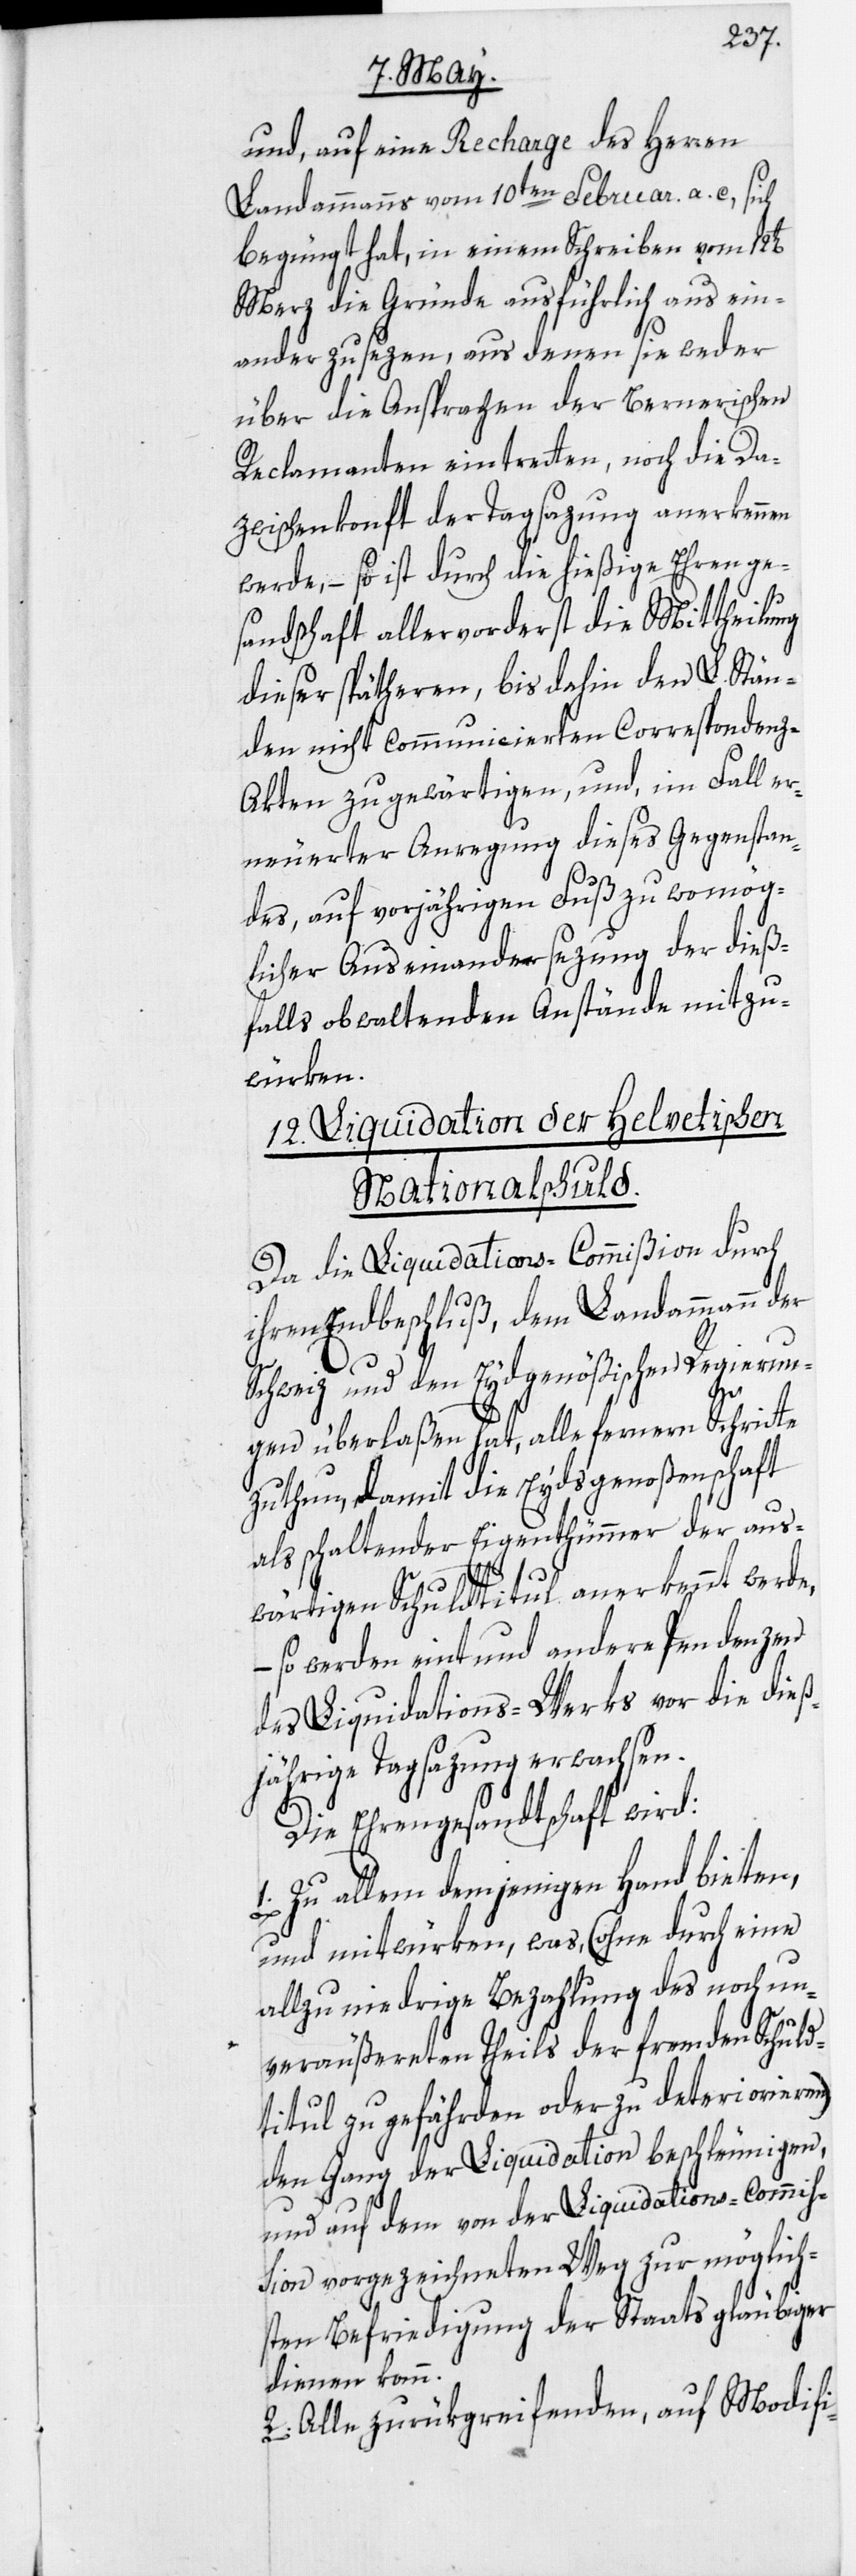
und, auf eine Recharge des Herren
Landammanns vom 10ten Februar a. c, sich
begnügt hat, in einem Schreiben vom
Merz die Gründe ausführlich aus ein¬
ander zu sezen, aus denen sie weder
über die Ansprachen der Bernerischen
Reclamanten eintretten, noch die Da¬
zwischenkonft der Tagsazung anerkennen
werde, – so ist durch die hießige Ehrenge¬
sandschaft allervorderst die Mittheilung
dieser spätheren, bis dahin den L. Stän¬
den nicht communicierten Correspondenz-A¬
kten zu gewärtigen, und, im Fall er¬
neuerter Anregung dieses Gegenstan¬
des, auf vorjährigen Fuß zu womög¬
licher Auseinandersezung der dieß¬
falls obwaltenden Anstände mitzu¬
würken.
12. Liquidation der Helvetischen
Nationalschuld.
Da die Liquidations-Commißion durch
ihren Endbeschluß, dem Landammann der
Schweiz und den Eydgenößischen Regierun¬
gen überlaßen hat, alle fernern Schritte
zu thun, damit die Eydsgenoßenschaft
als schaltender Eigenthümmer der aus¬
wärtigen Schuldtitul anerkennt werde,
so werden eint und andere Pendenzen
des Liquidations-Werks vor die dieß¬
jährige Tagsazung erwachsen.
Die Ehrengesandtschaft wird:
1. Zu allem demjenigen Hand bieten,
und mitwürken, was (ohne durch eine
allzu niedrige Bezahlung des noch un¬
veräußereten Theils der fremden Schuld¬
titul zu gefährden oder zu deterionieren)
den Gang der Liquidation beschleunigen,
und auf dem von der Liquidations-Commis¬
sion vorgezeichneten Weg zur möglich¬
sten Befriedigung der Staatsgläubiger
dienen kann.
2. Alle zurükgreifenden, auf Modifi-